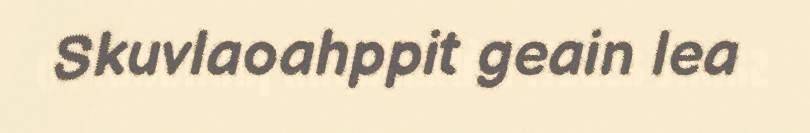
Skuvlaoahppit geain lea